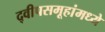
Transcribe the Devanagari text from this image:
द्वीपसमूहांमध्ये